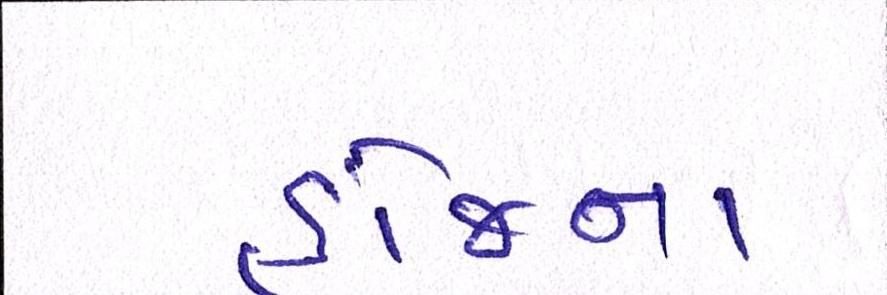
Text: હોજના